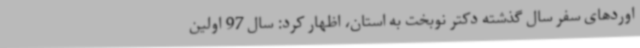
اوردهای سفر سال گذشته دکتر نوبخت به استان، اظهار کرد: سال 97 اولین